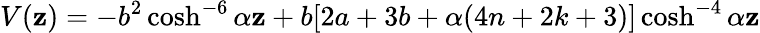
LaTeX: V(\mathbf{z})=-b^{2}\cosh^{-6}{\alpha\mathbf{z}}+b[2a+3b+\alpha(4n+2k+3)]\cosh^{-4}{\alpha\mathbf{z}}